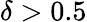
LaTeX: \delta>0.5